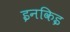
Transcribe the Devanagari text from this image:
इनकिइ